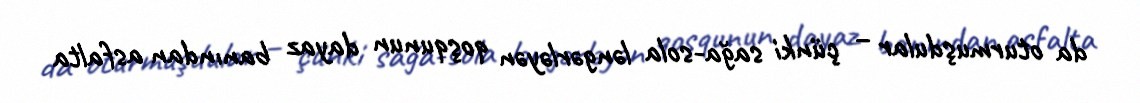
da oturmuşdular – çünki sağa-sola ləngərləyən qoşqunun dayaz banından asfalta